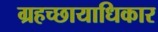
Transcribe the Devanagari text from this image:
ग्रहच्छायाधिकार